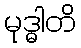
မုဒ္ဓါတိ